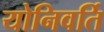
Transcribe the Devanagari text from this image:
योनिवर्ति